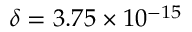
\delta = 3 . 7 5 \times 1 0 ^ { - 1 5 }